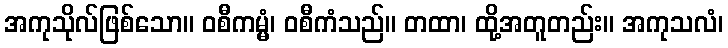
အကုသိုလ်ဖြစ်သော။ ဝစီကမ္မံ၊ ဝစီကံသည်။ တထာ၊ ထို့အတူတည်း။ အကုသလံ၊